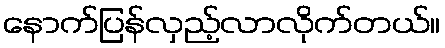
နောက်ပြန်လှည့်လာလိုက်တယ်။